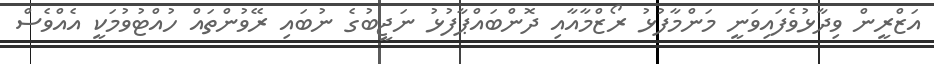
އަޒްރީން ވިދާޅުވެފައިވަނީ މަންމާފުޅު ރޯޒްމާއާއި ދޮންބައްޕާފުޅު ނަޖީބުގެ ނުބައި ރޭވުންތައް ހުއްޓުވުމަކީ އެއްވެސް